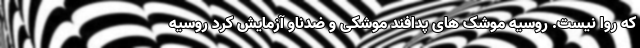
که روا نیست. روسیه موشک های پدافند موشکی و ضدناو آزمایش کرد روسیه